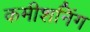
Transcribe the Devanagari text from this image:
कमीशनिंग